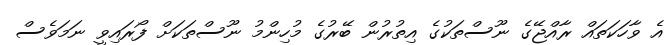
އެ ވާހަކަތައް ރާއްޖޭގެ ނޫސްތަކުގެ އިތުރުން ބޭރުގެ މުހިންމު ނޫސްތަކަށް ފޯރައިވީ ނަމަވެސް